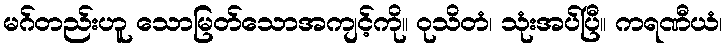
မဂ်တည်းဟူ သောမြတ်သောအကျင့်ကို။ ဝုသိတံ၊ သုံးအပ်ပြီ။ ကရဏီယံ၊